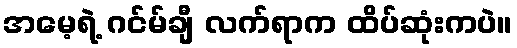
အမေ့ရဲ့ ဂင်မ်ချီ လက်ရာက ထိပ်ဆုံးကပဲ။